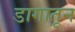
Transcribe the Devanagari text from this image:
डागातून